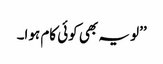
’’لو یہ بھی کوئی کام ہوا۔